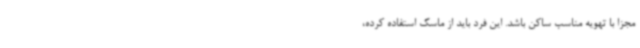
مجزا با تهویه مناسب ساکن باشد. این فرد باید از ماسک استفاده کرده،